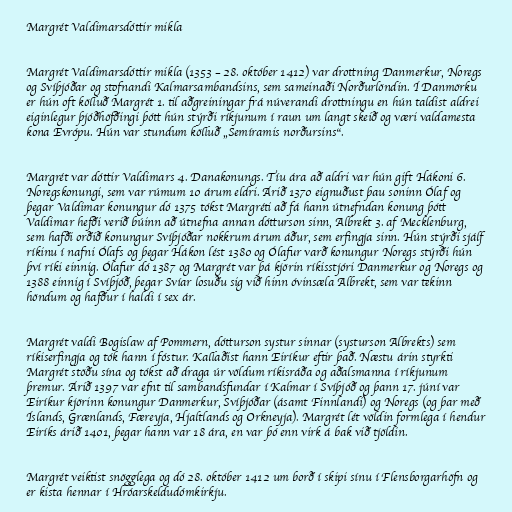
Margrét Valdimarsdóttir mikla

Margrét Valdimarsdóttir mikla (1353 – 28. október 1412) var drottning Danmerkur, Noregs
og Svíþjóðar og stofnandi Kalmarsambandsins, sem sameinaði Norðurlöndin. Í Danmörku
er hún oft kölluð Margrét 1. til aðgreiningar frá núverandi drottningu en hún taldist aldrei
eiginlegur þjóðhöfðingi þótt hún stýrði ríkjunum í raun um langt skeið og væri valdamesta
kona Evrópu. Hún var stundum kölluð „Semíramis norðursins“.

Margrét var dóttir Valdimars 4. Danakonungs. Tíu ára að aldri var hún gift Hákoni 6.
Noregskonungi, sem var rúmum 10 árum eldri. Árið 1370 eignuðust þau soninn Ólaf og
þegar Valdimar konungur dó 1375 tókst Margréti að fá hann útnefndan konung þótt
Valdimar hefði verið búinn að útnefna annan dótturson sinn, Albrekt 3. af Mecklenburg,
sem hafði orðið konungur Svíþjóðar nokkrum árum áður, sem erfingja sinn. Hún stýrði sjálf
ríkinu í nafni Ólafs og þegar Hákon lést 1380 og Ólafur varð konungur Noregs stýrði hún
því ríki einnig. Ólafur dó 1387 og Margrét var þá kjörin ríkisstjóri Danmerkur og Noregs og
1388 einnig í Svíþjóð, þegar Svíar losuðu sig við hinn óvinsæla Albrekt, sem var tekinn
höndum og hafður í haldi í sex ár.

Margrét valdi Bogislaw af Pommern, dótturson systur sinnar (systurson Albrekts) sem
ríkiserfingja og tók hann í fóstur. Kallaðist hann Eiríkur eftir það. Næstu árin styrkti
Margrét stöðu sína og tókst að draga úr völdum ríkisráða og aðalsmanna í ríkjunum
þremur. Árið 1397 var efnt til sambandsfundar í Kalmar í Svíþjóð og þann 17. júní var
Eiríkur kjörinn konungur Danmerkur, Svíþjóðar (ásamt Finnlandi) og Noregs (og þar með
Íslands, Grænlands, Færeyja, Hjaltlands og Orkneyja). Margrét lét völdin formlega í hendur
Eiríks árið 1401, þegar hann var 18 ára, en var þó enn virk á bak við tjöldin.

Margrét veiktist snögglega og dó 28. október 1412 um borð í skipi sínu í Flensborgarhöfn og
er kista hennar í Hróarskeldudómkirkju.